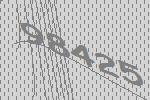
98425